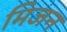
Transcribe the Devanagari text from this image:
मिजन